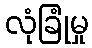
လုံခြုံမှု